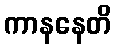
ကာနနေတိ